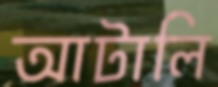
আটালি